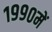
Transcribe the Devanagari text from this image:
१९९०में